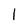
Character: 1